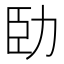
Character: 𠡗